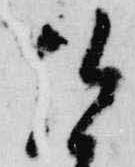
弘